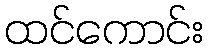
ထင်ကောင်း